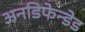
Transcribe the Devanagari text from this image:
अनडिफेन्डेड